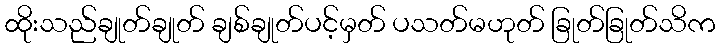
ထိုးသည်ချုတ်ချုတ် ချစ်ချုတ်ပင့်မှတ် ပသတ်မဟုတ် ခြုတ်ခြုတ်သိက